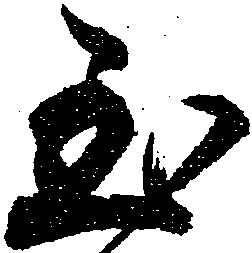
至